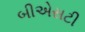
બીએસટી